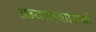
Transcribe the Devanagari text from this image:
अन्यग्रहवासियों